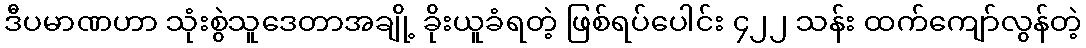
ဒီပမာဏဟာ သုံးစွဲသူဒေတာအချို့ ခိုးယူခံရတဲ့ ဖြစ်ရပ်ပေါင်း ၄၂၂ သန်း ထက်ကျော်လွန်တဲ့